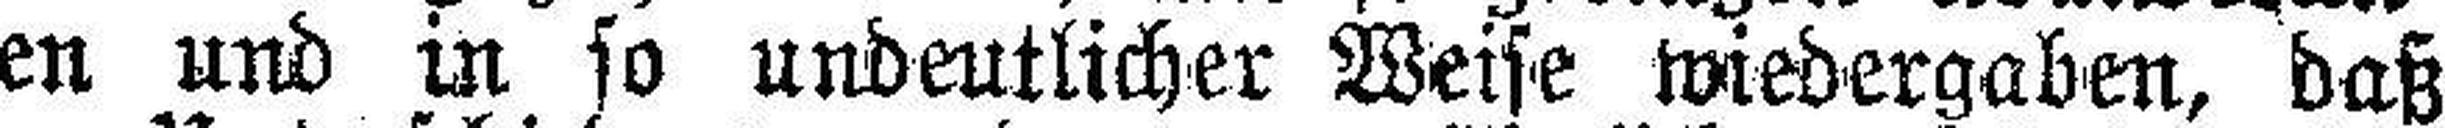
gen und in so undeutlicher Weise wiedergaben, daß